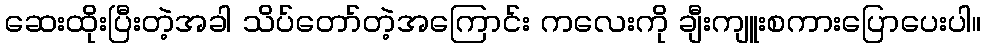
ဆေးထိုးပြီးတဲ့အခါ သိပ်တော်တဲ့အကြောင်း ကလေးကို ချီးကျူးစကားပြောပေးပါ။